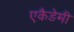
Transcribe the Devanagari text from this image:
एकैडेमी